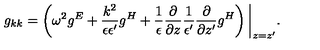
g _ { k k } = \left( \omega ^ { 2 } g ^ { E } + { \frac { k ^ { 2 } } { \epsilon \epsilon ^ { \prime } } } g ^ { H } + { \frac { 1 } { \epsilon } } { \frac { \partial } { \partial z } } { \frac { 1 } { \epsilon ^ { \prime } } } { \frac { \partial } { \partial z ^ { \prime } } } g ^ { H } \right) \bigg | _ { z = z ^ { \prime } } .